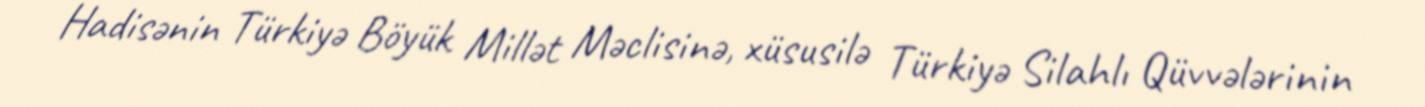
Hadisənin Türkiyə Böyük Millət Məclisinə, xüsusilə Türkiyə Silahlı Qüvvələrinin